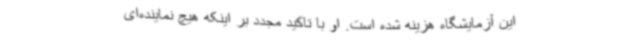
این آزمایشگاه هزینه شده است. او با تاکید مجدد بر اینکه هیچ نماینده‌ای